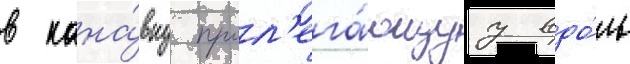
в кана́вку прол'ега́ющуу вдо́ль